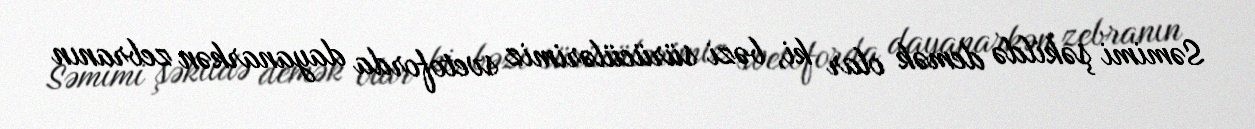
Səmimi şəkildə demək olar ki, bəzi sürücülərimiz svetoforda dayanarkən zebranın